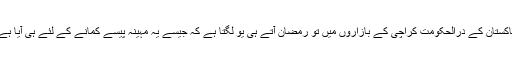
پاکستان کے درالحکومت کراچی کے بازاروں میں تو رمضان آتے ہی یو لگتا ہے کہ جیسے یہ مہینہ پیسے کمانے کے لئے ہی آیا ہے۔